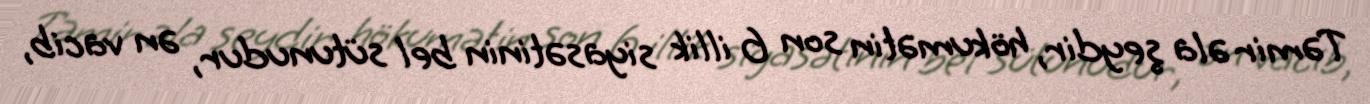
Təmir əla şeydir, hökumətin son 6 illik siyasətinin bel sütunudur, ən vacib,